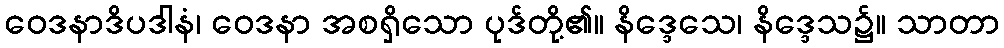
ဝေဒနာဒိပဒါနံ၊ ဝေဒနာ အစရှိသော ပုဒ်တို့၏။ နိဒ္ဒေသေ၊ နိဒ္ဒေသ၌။ သာတာ